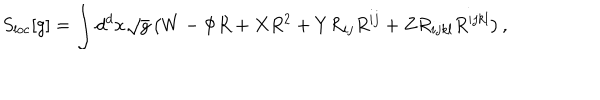
LaTeX: S _ { \mathrm { l o c } } [ g ] = \int d ^ { d } x \sqrt { g } \left( W - \Phi R + X R ^ { 2 } + Y R _ { i j } R ^ { i j } + Z R _ { i j k l } R ^ { i j k l } \right) ,